Document type: Sale
Year: 1451
Scribe: [Unknown]
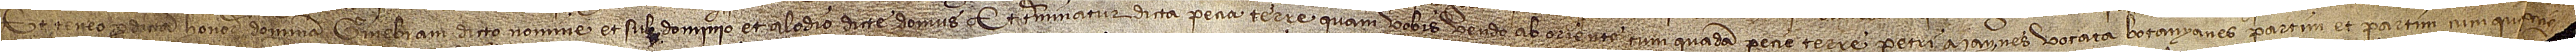
et teneo per dictam honorabilem dominam Ginebram dicto nomine et sub dominio et alodio dicte domus. Et terminatur dicta pecia terre quam vobis vendo ab oriente cum quadam pecie terre Petri Maynes vocata Botanyanes partim, et partim cum qu[adam peciam]